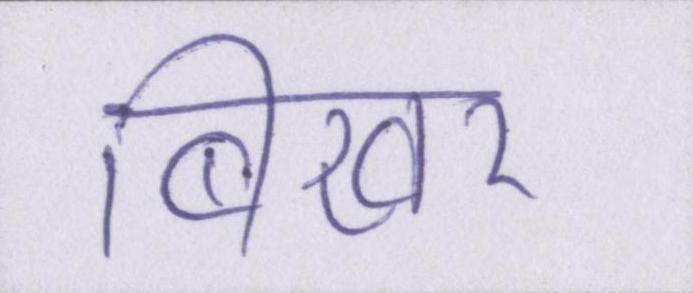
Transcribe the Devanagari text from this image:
बिखर